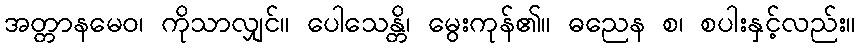
အတ္တာနမေဝ၊ ကိုသာလျှင်။ ပေါသေန္တိ၊ မွေးကုန်၏။ ဓညေန စ၊ စပါးနှင့်လည်း။